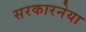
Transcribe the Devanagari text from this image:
सरकारनेया